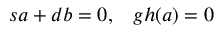
s a + d b = 0 , \; \; \; g h ( a ) = 0